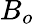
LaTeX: B_{o}